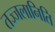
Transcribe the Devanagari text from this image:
तज्जलानिति